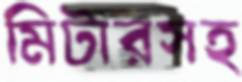
মিটারসহ